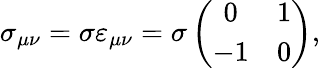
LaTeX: \sigma_{\mu\nu}=\sigma\varepsilon_{\mu\nu}=\sigma\left(\begin{array}{cc}{{0}}&{{1}}\\ {{-1}}&{{0}}\end{array}\right),